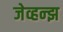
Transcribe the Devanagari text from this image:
जेव्हन्झ